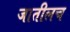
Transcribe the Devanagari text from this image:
जातीलच